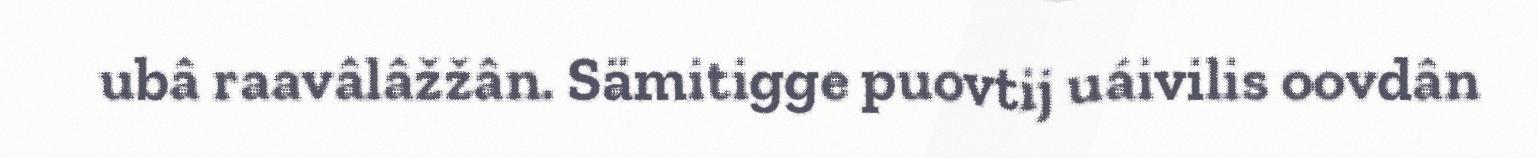
ubâ raavâlâžžân. Sämitigge puovtij uáivilis oovdân